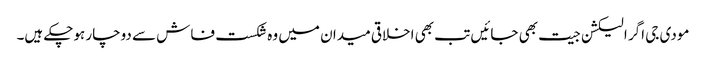
مودی جی اگر الیکشن جیت بھی جائیں تب بھی اخلاقی میدان میں وہ شکست فاش سے دوچار ہوچکے ہیں۔